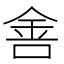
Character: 𰼟